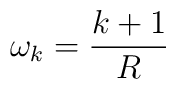
\omega_k=\frac{k+1}{R}